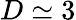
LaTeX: D\simeq 3